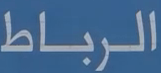
الرباط